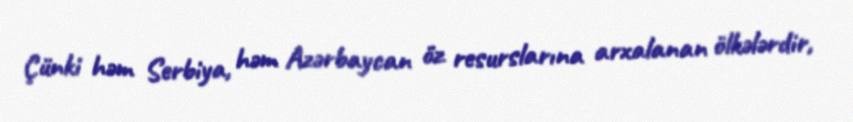
Çünki həm Serbiya, həm Azərbaycan öz resurslarına arxalanan ölkələrdir,